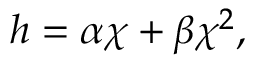
h = \alpha \chi + \beta \chi ^ { 2 } ,